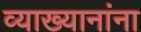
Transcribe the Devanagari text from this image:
व्याख्यानांना